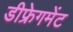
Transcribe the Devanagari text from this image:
डीफ्रेगमेंट